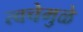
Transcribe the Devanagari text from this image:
त्वचेमुळे